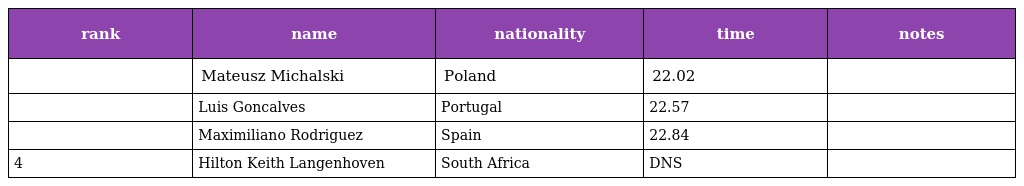
| rank | name | nationality | time | notes |
 | --- | --- | --- | --- | --- |
 |  | Mateusz Michalski | Poland | 22.02 |  |
 |  | Luis Goncalves | Portugal | 22.57 |  |
 |  | Maximiliano Rodriguez | Spain | 22.84 |  |
 | 4 | Hilton Keith Langenhoven | South Africa | DNS |  |